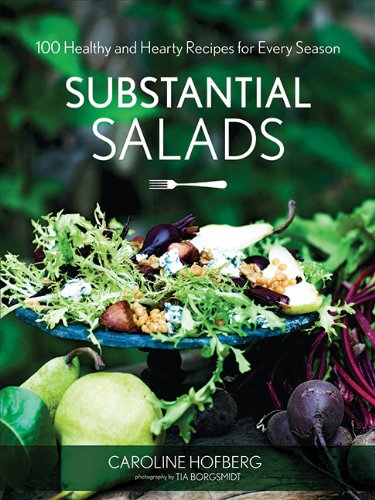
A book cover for Substantial Salads: 100 Healthy and Hearty Main Courses for Every Season; Caroline Hofberg; Cookbooks, Food & Wine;